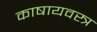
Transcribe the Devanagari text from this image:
काषायवस्त्र